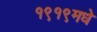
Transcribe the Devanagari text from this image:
१९१९मधे